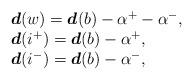
LaTeX: \begin{align*}\begin{array}{l}\boldsymbol{d}(w)=\boldsymbol{d}(b)-\alpha^+-\alpha^-,\\\boldsymbol{d}(i^+)=\boldsymbol{d}(b)-\alpha^+,\\\boldsymbol{d}(i^-)=\boldsymbol{d}(b)-\alpha^-,\end{array}\end{align*}